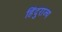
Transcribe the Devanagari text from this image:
हिंदुराज्य